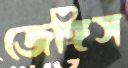
জেঙ্গিস